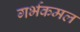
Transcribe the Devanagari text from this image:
गर्भकमल